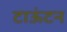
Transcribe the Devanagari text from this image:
टाऊंटन